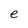
Character: e